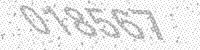
Solution: 018567